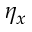
\eta _ { x }